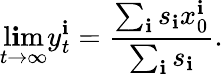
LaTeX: \operatorname*{l\mathbf{i}m}_{t\to\infty}y_{t}^{\mathbf{i}}=\frac{{\sum_{\mathbf{i}}s_{\mathbf{i}}x_{0}^{\mathbf{i}}}}{{\sum_{\mathbf{i}}s_{\mathbf{i}}}}.